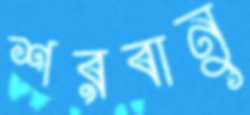
শরবানু